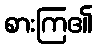
စားကြ၏